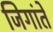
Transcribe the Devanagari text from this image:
जिगांते